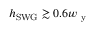
h _ { \mathrm { S W G } } \gtrsim 0 . 6 w _ { \mathrm { ~ y ~ } }